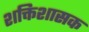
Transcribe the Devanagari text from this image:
शक्तिशासक